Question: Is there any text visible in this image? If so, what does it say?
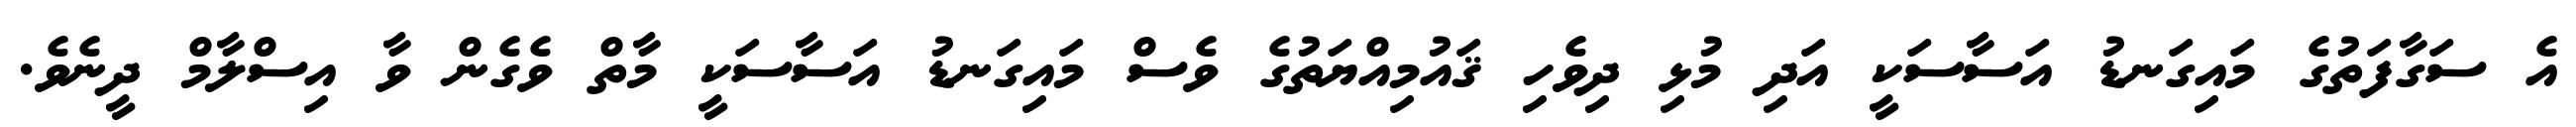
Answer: އެ ސަގާފަތުގެ މައިގަނޑު އަސާސަކީ އަދި މުޅި ދިވެހި ޤައުމިއްޔަތުގެ ވެސް މައިގަނޑު އަސާސަކީ މާތް ވެގެން ވާ އިސްލާމް ދީނެވެ.